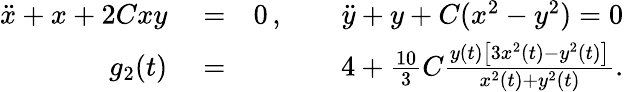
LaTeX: \begin{array}{rlr}{\ddot{x}+x+2Cxy}&{{}=}&{0\, ,\qquad\ddot{y}+y+C(x^{2}-y^{2})=0}\\ {g_{2}(t)}&{{}=}&{4+\frac{10}{3}C\frac{y(t)\big[3x^{2}(t)-y^{2}(t)\big]}{x^{2}(t)+y^{2}(t)}.}\end{array}